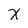
Character: X